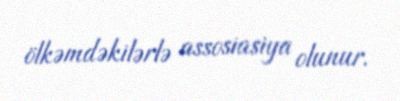
ölkəmdəkilərlə assosiasiya olunur.